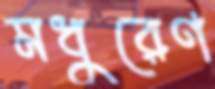
মধুরেণ